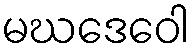
မဃဒေဝေါ